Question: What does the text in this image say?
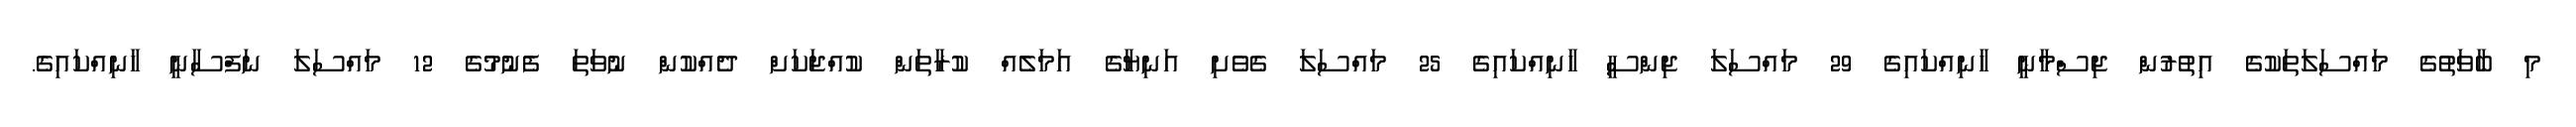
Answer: މި ބާވަތުގެ މައްސަލަތަކުގެ އިތުރުން ޖިސްމާނީ ހާނިއްކައިގެ 29 މައްސަލަ ޖިންސީ ހާނިއްކައިގެ 25 މައްސަލަ ގެވެށި އަނިޔާގެ އަމަލެއް ކުރާތަން ކުއްޖަކަށް ދެއްކުން ނުވަތަ ފެނުމުގެ 12 މައްސަލަ ނަފްސާނީ ހާނިއްކައިގެ.